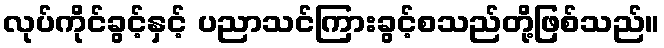
လုပ်ကိုင်ခွင့်နှင့် ပညာသင်ကြားခွင့်စသည်တို့ဖြစ်သည်။